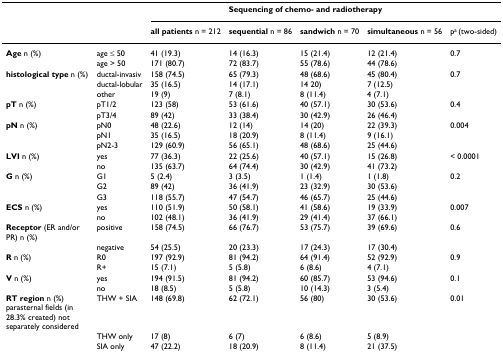
<table><thead><tr><td></td><td></td><td></td><td colspan="4"><b>Sequencing of chemo- and radiotherapy</b></td></tr><tr><td></td><td></td><td><b>all patients n = 212</b></td><td><b>sequential n = 86</b></td><td><b>sandwich n = 70</b></td><td><b>simultaneous n = 56</b></td><td><b>p<sup>a </sup>(two-sided)</b></td></tr></thead><tbody><tr><td><b>Age </b>n (%)</td><td>age ≤ 50</td><td>41 (19.3)</td><td>14 (16.3)</td><td>15 (21.4)</td><td>12 (21.4)</td><td>0.7</td></tr><tr><td></td><td>age &gt; 50</td><td>171 (80.7)</td><td>72 (83.7)</td><td>55 (78.6)</td><td>44 (78.6)</td><td></td></tr><tr><td><b>histological type </b>n (%)</td><td>ductal-invasiv</td><td>158 (74.5)</td><td>65 (79.3)</td><td>48 (68.6)</td><td>45 (80.4)</td><td>0.7</td></tr><tr><td></td><td>ductal-lobular</td><td>35 (16.5)</td><td>14 (17.1)</td><td>14 20)</td><td>7 (12.5)</td><td></td></tr><tr><td></td><td>other</td><td>19 (9)</td><td>7 (8.1)</td><td>8 (11.4)</td><td>4 (7.1)</td><td></td></tr><tr><td><b>pT </b>n (%)</td><td>pT1/2</td><td>123 (58)</td><td>53 (61.6)</td><td>40 (57.1)</td><td>30 (53.6)</td><td>0.4</td></tr><tr><td></td><td>pT3/4</td><td>89 (42)</td><td>33 (38.4)</td><td>30 (42.9)</td><td>26 (46.4)</td><td></td></tr><tr><td><b>pN </b>n (%)</td><td>pN0</td><td>48 (22.6)</td><td>12 (14)</td><td>14 (20)</td><td>22 (39.3)</td><td>0.004</td></tr><tr><td></td><td>pN1</td><td>35 (16.5)</td><td>18 (20.9)</td><td>8 (11.4)</td><td>9 (16.1)</td><td></td></tr><tr><td></td><td>pN2-3</td><td>129 (60.9)</td><td>56 (65.1)</td><td>48 (68.6)</td><td>25 (44.6)</td><td></td></tr><tr><td><b>LVI </b>n (%)</td><td>yes</td><td>77 (36.3)</td><td>22 (25.6)</td><td>40 (57.1)</td><td>15 (26.8)</td><td>&lt; 0.0001</td></tr><tr><td></td><td>no</td><td>135 (63.7)</td><td>64 (74.4)</td><td>30 (42.9)</td><td>41 (73.2)</td><td></td></tr><tr><td><b>G </b>n (%)</td><td>G1</td><td>5 (2.4)</td><td>3 (3.5)</td><td>1 (1.4)</td><td>1 (1.8)</td><td>0.2</td></tr><tr><td></td><td>G2</td><td>89 (42)</td><td>36 (41.9)</td><td>23 (32.9)</td><td>30 (53.6)</td><td></td></tr><tr><td></td><td>G3</td><td>118 (55.7)</td><td>47 (54.7)</td><td>46 (65.7)</td><td>25 (44.6)</td><td></td></tr><tr><td><b>ECS </b>n (%)</td><td>yes</td><td>110 (51.9)</td><td>50 (58.1)</td><td>41 (58.6)</td><td>19 (33.9)</td><td>0.007</td></tr><tr><td></td><td>no</td><td>102 (48.1)</td><td>36 (41.9)</td><td>29 (41.4)</td><td>37 (66.1)</td><td></td></tr><tr><td><b>Receptor </b>(ER and/or PR) n (%)</td><td>positive</td><td>158 (74.5)</td><td>66 (76.7)</td><td>53 (75.7)</td><td>39 (69.6)</td><td>0.6</td></tr><tr><td></td><td>negative</td><td>54 (25.5)</td><td>20 (23.3)</td><td>17 (24.3)</td><td>17 (30.4)</td><td></td></tr><tr><td><b>R </b>n (%)</td><td>R0</td><td>197 (92.9)</td><td>81 (94.2)</td><td>64 (91.4)</td><td>52 (92.9)</td><td>0.9</td></tr><tr><td></td><td>R+</td><td>15 (7.1)</td><td>5 (5.8)</td><td>6 (8.6)</td><td>4 (7.1)</td><td></td></tr><tr><td><b>V </b>n (%)</td><td>yes</td><td>194 (91.5)</td><td>81 (94.2)</td><td>60 (85.7)</td><td>53 (94.6)</td><td>0.1</td></tr><tr><td></td><td>no</td><td>18 (8.5)</td><td>5 (5.8)</td><td>10 (14.3)</td><td>3 (5.4)</td><td></td></tr><tr><td><b>RT region </b>n (%) parasternal fields (in 28.3% created) not separately considered</td><td>THW + SIA</td><td>148 (69.8)</td><td>62 (72.1)</td><td>56 (80)</td><td>30 (53.6)</td><td>0.01</td></tr><tr><td></td><td>THW only</td><td>17 (8)</td><td>6 (7)</td><td>6 (8.6)</td><td>5 (8.9)</td><td></td></tr><tr><td></td><td>SIA only</td><td>47 (22.2)</td><td>18 (20.9)</td><td>8 (11.4)</td><td>21 (37.5)</td><td></td></tr></tbody></table>